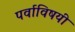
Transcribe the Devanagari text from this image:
पर्वाविषयी